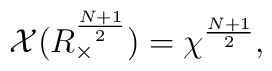
{\cal X}(R_{\times}^{\frac{N+1}{2}})={\chi}^{\frac{N+1}{2}},